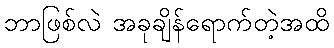
ဘာဖြစ်လဲ အခုချိန်ရောက်တဲ့အထိ